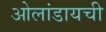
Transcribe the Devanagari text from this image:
ओलांडायची